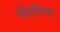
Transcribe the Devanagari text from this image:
पीतपिण्ड